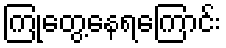
ကြုံတွေ့နေရကြောင်း